Eesti_Evangeeliumi_Luteri_Usu_Konsistoorium, lk 10
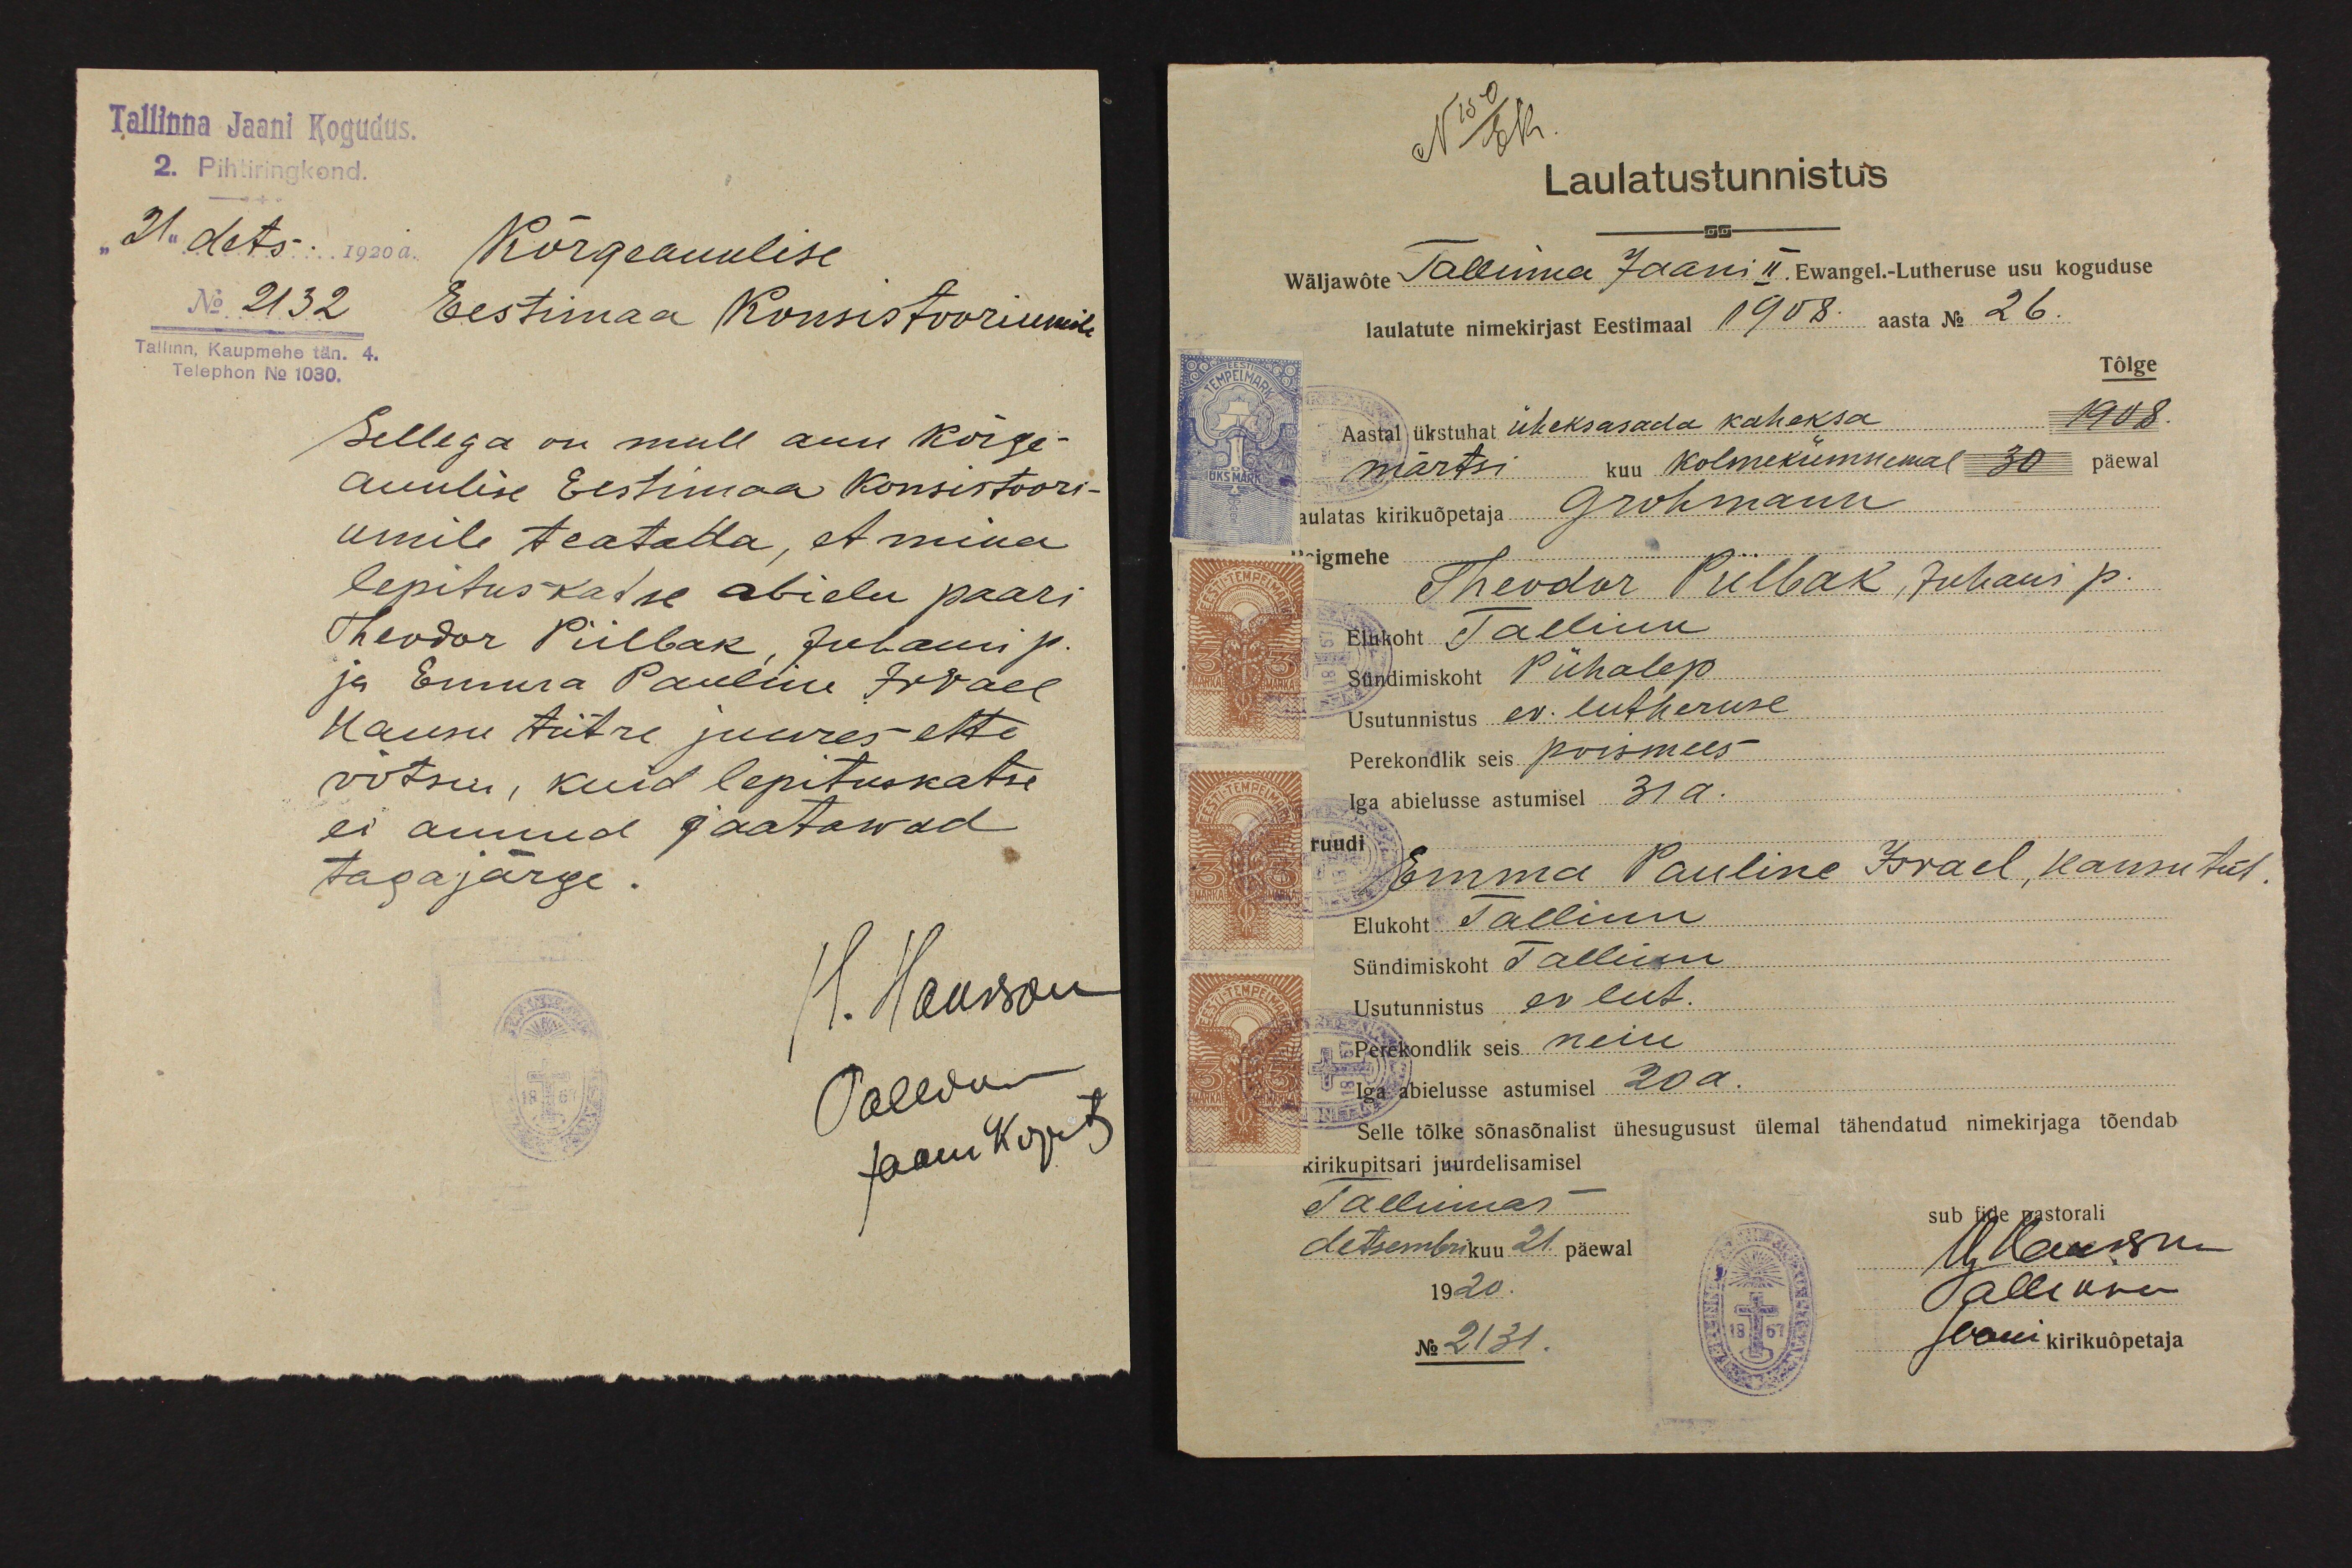
Tallinna Jaani Kogudus.
2. Pihtiringkond.
"21" dets. 1920 a.
Kõrgeauulise
No 2132
Eestimaa Konsistooriumile
Tallinn, Kaupmehe tän. 4.
Telephon No 1030.
Sellega on mull auu kõrge-
auulise Eestimaa Konsistoori-
umile teatada, et mina
lepituskatse abielu paari
Theodor Piilbak, Juhani p.
ja Emma Pauline Israel
Hansu tütre juures ette
võtsin, kuid lepituskatse
ei annud jaatawad
tagajärge.
H. Hansson
Tallina
Jaani k opet

N 150 EK.
Laulatustunnistus
Wäljawõte Tallinna Jaani II. Ewangel.-Lutheruse usu koguduse
laulatute nimekirjast Eestimaal 1908. aasta No 26.
Tõlge
Aastal ükstuhat üheksasada kaheksa 1908.
märtsi kuu kolmekümnemal 30 päewal
aulatas kirikuõpetaja Grohmann
peigmehe
Theodor Piilbak, Juhani p.
Elukoht Tallinn
Sündimiskoht Pühalep
Usutunnistus ev. lutheruse
Perekondlik seis poismees
Iga abielusse astumisel 31 a.
ruudi
Emma Pauline Israel, Hansu tüt
Elukoht Tallinn
Sündimiskoht Tallinn
Usutunnistus ev lut.
Perekondlik seis neiu
Iga abielusse astumisel 20 a.
Selle tõlke sõnasõnalist ühesugusust ülemal tähendatud nimekirjaga tõendab
kirikupitsari juurdelisamisel
Tallinnas -
sub fide pastorali
detsembrikuu 21. päewal
H Hansson
1920.
Tallinna
No 2131.
Jaani kirikuõpetaja